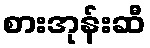
စားအုန်းဆီ